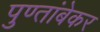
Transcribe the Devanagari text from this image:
पुण्तांबेकर